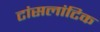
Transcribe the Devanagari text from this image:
टांसलांटिक